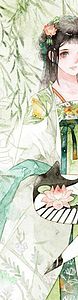
花满渚，酒满瓯，万顷波中得自由。